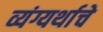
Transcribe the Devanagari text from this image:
व्यंग्यर्थाचे